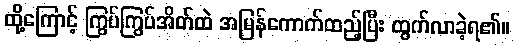
ထို့ကြောင့် ကြွပ်ကြွပ်အိတ်ထဲ အမြန်ကောက်ထည့်ပြီး ထွက်လာခဲ့ရ၏။